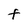
Character: t